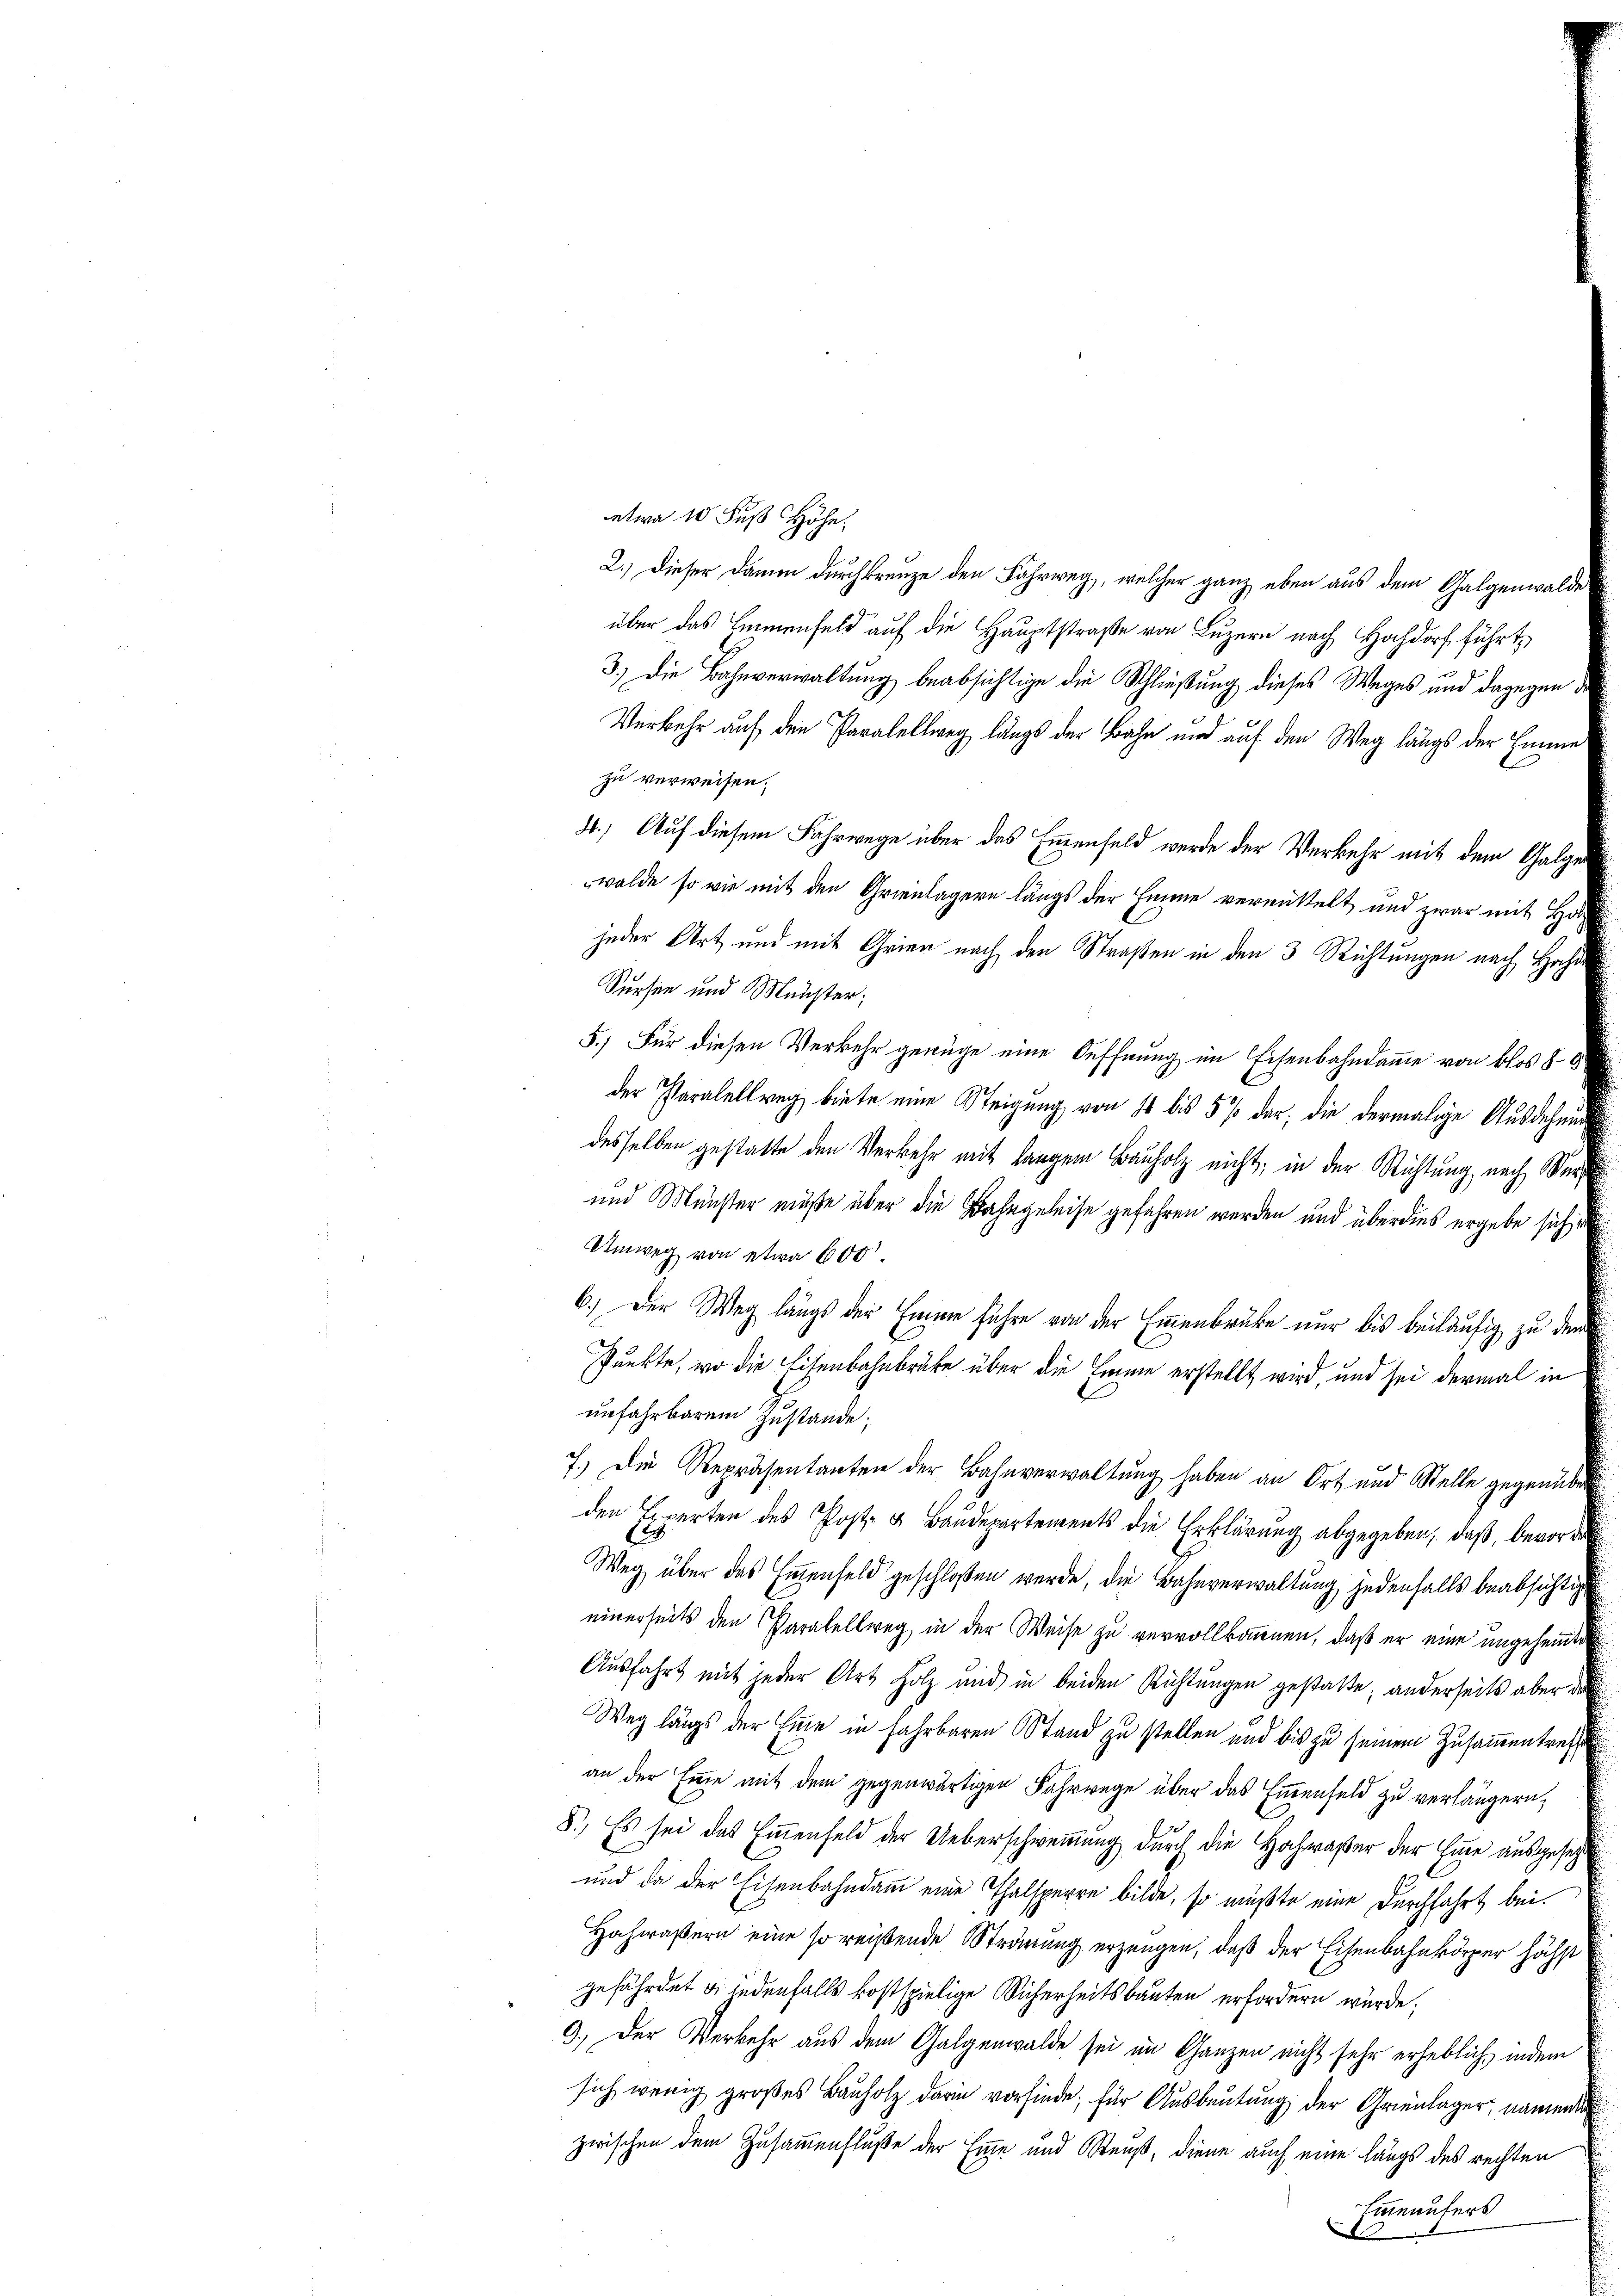
etwa 10 Fuß Höhe.
2.) Dieser Damen durchkreuze den Fahrweg, welcher ganz eben aus dem Galgenwalde
über das Lienfeld auf die Hauptstraße von Luzern nach Hochdorf führt,
3.) Die Bahnverwaltung beabsichtige die Schließung dieses Weges und dagegen die
Verkehr auf den Paralellweg längs der Bahn und auf den Weg längs der Eine
zu verweisen.
4.) Auf diesem Fahrwege über das Einenfeld werde der Verkehr mit dem Galgewalde so wie mit den Grienlagern längs der Himme vermittelt und zwar mit Horjeder Art und mit Grien nach den Straßen in den 3 Richtungen nach Hr.
Sursen und Meister;
5.) Für diesen Verkehr genüge eine Oeffnung im Eisenbahndamme von blos 86
der Paralellweg biete eine Steigung von 10 bis 5 % dar, die dermalige Ausdehnung
desselben gestatte den Verkehr mit langem Bauholz nicht, in der Richtung, nach Mer¬
und Münster müße über die Bahngeleise gefahren werden und überdies ergebe sich d
Umweg von etwa 600
6.) Der Weg längs der Eine führe von der Emmenbrüke nur bis beiläufig zu dem
Punkte, wo die Eisenbahnbrüke über die Emme erstellt wird, und sei dermal in
unfahrbarem Zustande,
7.) Die Repräsentanten der Bahnverwaltung haben an Ort und Stelle gegenüber
den Experten des Post- & Baudepartements die Erklärung abgegeben, daß, bevor de
Weg über das Eigenfeld geschloßen werde, die Bahnverwaltung jedenfalls beabsichtig
einerseits den Paralellweg in der Weise zu vervollkommen, daß er eine ungeheinte
Ausfahrt mit jeder Art Holz und in beiden Richtungen gestatte; anderseits aber de
Weg längs der Eine in fahrbaren Stand zu stellen und bis zu seinem Zusam̃entreffe
an der Eine mit dem gegenwärtigen Fahrwege über das Emmenfeld zu verlängern,
8.) Es sei das Emmenfeld der Ueberschwemmung durch die Hochwaßer der Eine ausgesetz
und da der Eisenbahndam eine Thalsperre bilde, so müßte eine Durchfahrt bei.
Hochwäßern eine so reißende Strömung erzeugen, daß der Eisenbahnkörper höchst
gefährdet & jedenfalls kostspielige Sicherheitsbauten erfordern würde.
9.) Der Verkehr aus dem Galgenwalde sei im Ganzen nicht sehr erheblich, indem
sich wenig großes Bauholz darin vorfinde; für Ausbeutung der Grienlager, namenden
zwischen dem Zusammenfluße der Eine und Reuß, diene auch eine längs des rechten
Einaufers